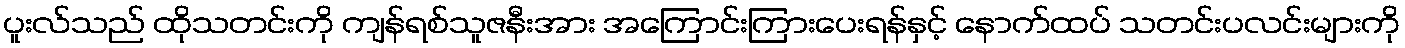
ပူးလ်သည် ထိုသတင်းကို ကျန်ရစ်သူဇနီးအား အကြောင်းကြားပေးရန်နှင့် နောက်ထပ် သတင်းပလင်းများကို